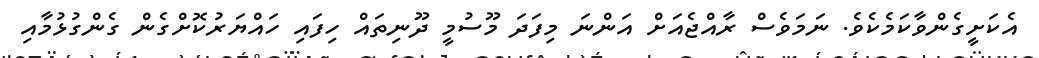
އެކަށީގެންވާކަމެކެވެ. ނަމަވެސް ރާއްޖެއަށް އަންނަ މިފަދަ މޫސުމީ ދޫނިތައް ހިފައި ހައްޔަރުކޮށްގެން ގެންގުޅުމާއި